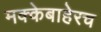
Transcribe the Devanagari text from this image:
मक्केबाहेरच